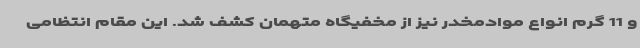
و 11 گرم انواع موادمخدر نیز از مخفیگاه متهمان کشف شد. این مقام انتظامی